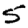
Digit: 5